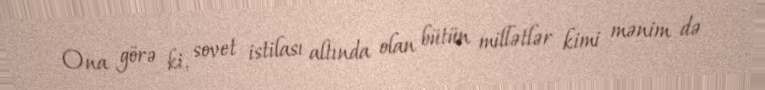
Ona görə ki, sovet istilası altında olan bütün millətlər kimi mənim də